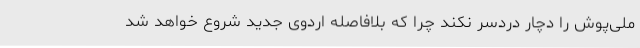
ملی‌پوش را دچار دردسر نکند چرا که بلافاصله اردوی جدید شروع خواهد شد